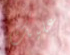
عليك